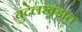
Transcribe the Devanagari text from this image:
बुंदेलखंडात